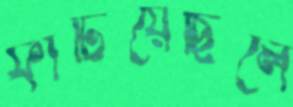
ফাটিয়েছিলে